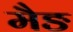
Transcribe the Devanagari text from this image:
मैङ